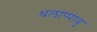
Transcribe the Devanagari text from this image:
थलाप्पावु